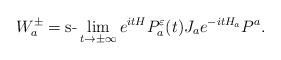
LaTeX: \begin{align*}W_a^\pm=\mbox{s-}\lim_{t\to\pm\infty}e^{itH}P_a^{{\varepsilon}}(t)J_ae^{-itH_a}P^a.\end{align*}